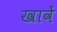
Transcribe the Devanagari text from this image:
खावें